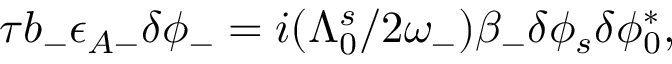
\begin{array} { r } { \tau b _ { - } \epsilon _ { A - } \delta \phi _ { - } = i ( \Lambda _ { 0 } ^ { s } / 2 \omega _ { - } ) \beta _ { - } \delta \phi _ { s } \delta \phi _ { 0 } ^ { * } , } \end{array}